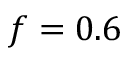
f = 0 . 6